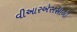
વીઆરએસસીબી